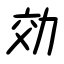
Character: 効